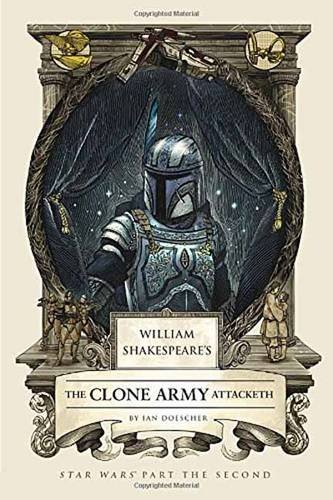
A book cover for William Shakespeare's The Clone Army Attacketh: Star Wars Part the Second (William Shakespeare's Star Wars); Ian Doescher; Literature & Fiction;